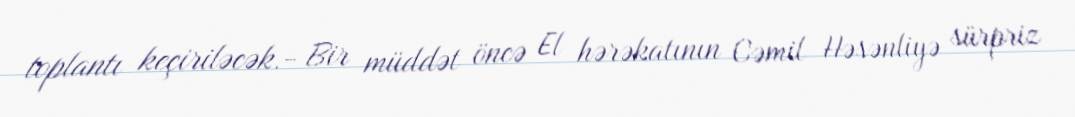
toplantı keçiriləcək.- Bir müddət öncə El hərəkatının Cəmil Həsənliyə sürpriz